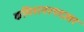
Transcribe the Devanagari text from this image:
कमिशनरपदावर